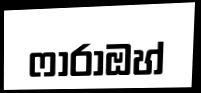
ෆාරාඔහ්